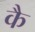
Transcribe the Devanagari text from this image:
कै